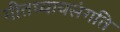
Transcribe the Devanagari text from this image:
गीतध्यायसंगति